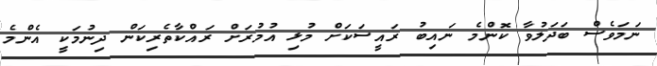
ނަމަވެސް ބަދަލުވާ ކޮންމެ ނައިބު ރައީސަކަށް މުޅި އުމުރަށް ރައްކާތެރިކަން ދިނުމަކީ އެންމެ